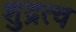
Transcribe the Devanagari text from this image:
शुद्रत्व